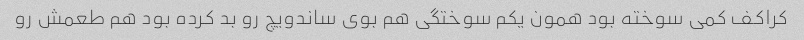
کراکف کمی سوخته بود همون یکم سوختگی هم بوی ساندویچ رو بد کرده بود هم طعمش رو